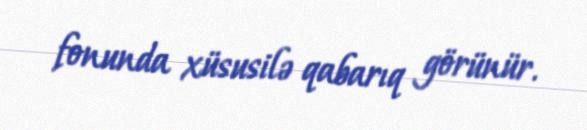
fonunda xüsusilə qabarıq görünür.